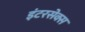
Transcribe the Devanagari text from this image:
इंटरसेक्स